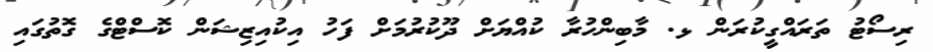
ރިސޯޓު ތަރައްގީކުރަން ޅ. މާބިންހުރާ ކުއްޔަށް ދޫކުރުމަށް ފަހު އިކުއިޒިޝަން ކޮސްޓްގެ ގޮތުގައި